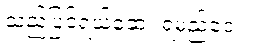
သည့်ပြင်ရယ်ဆေး ရမည်ဝေး။